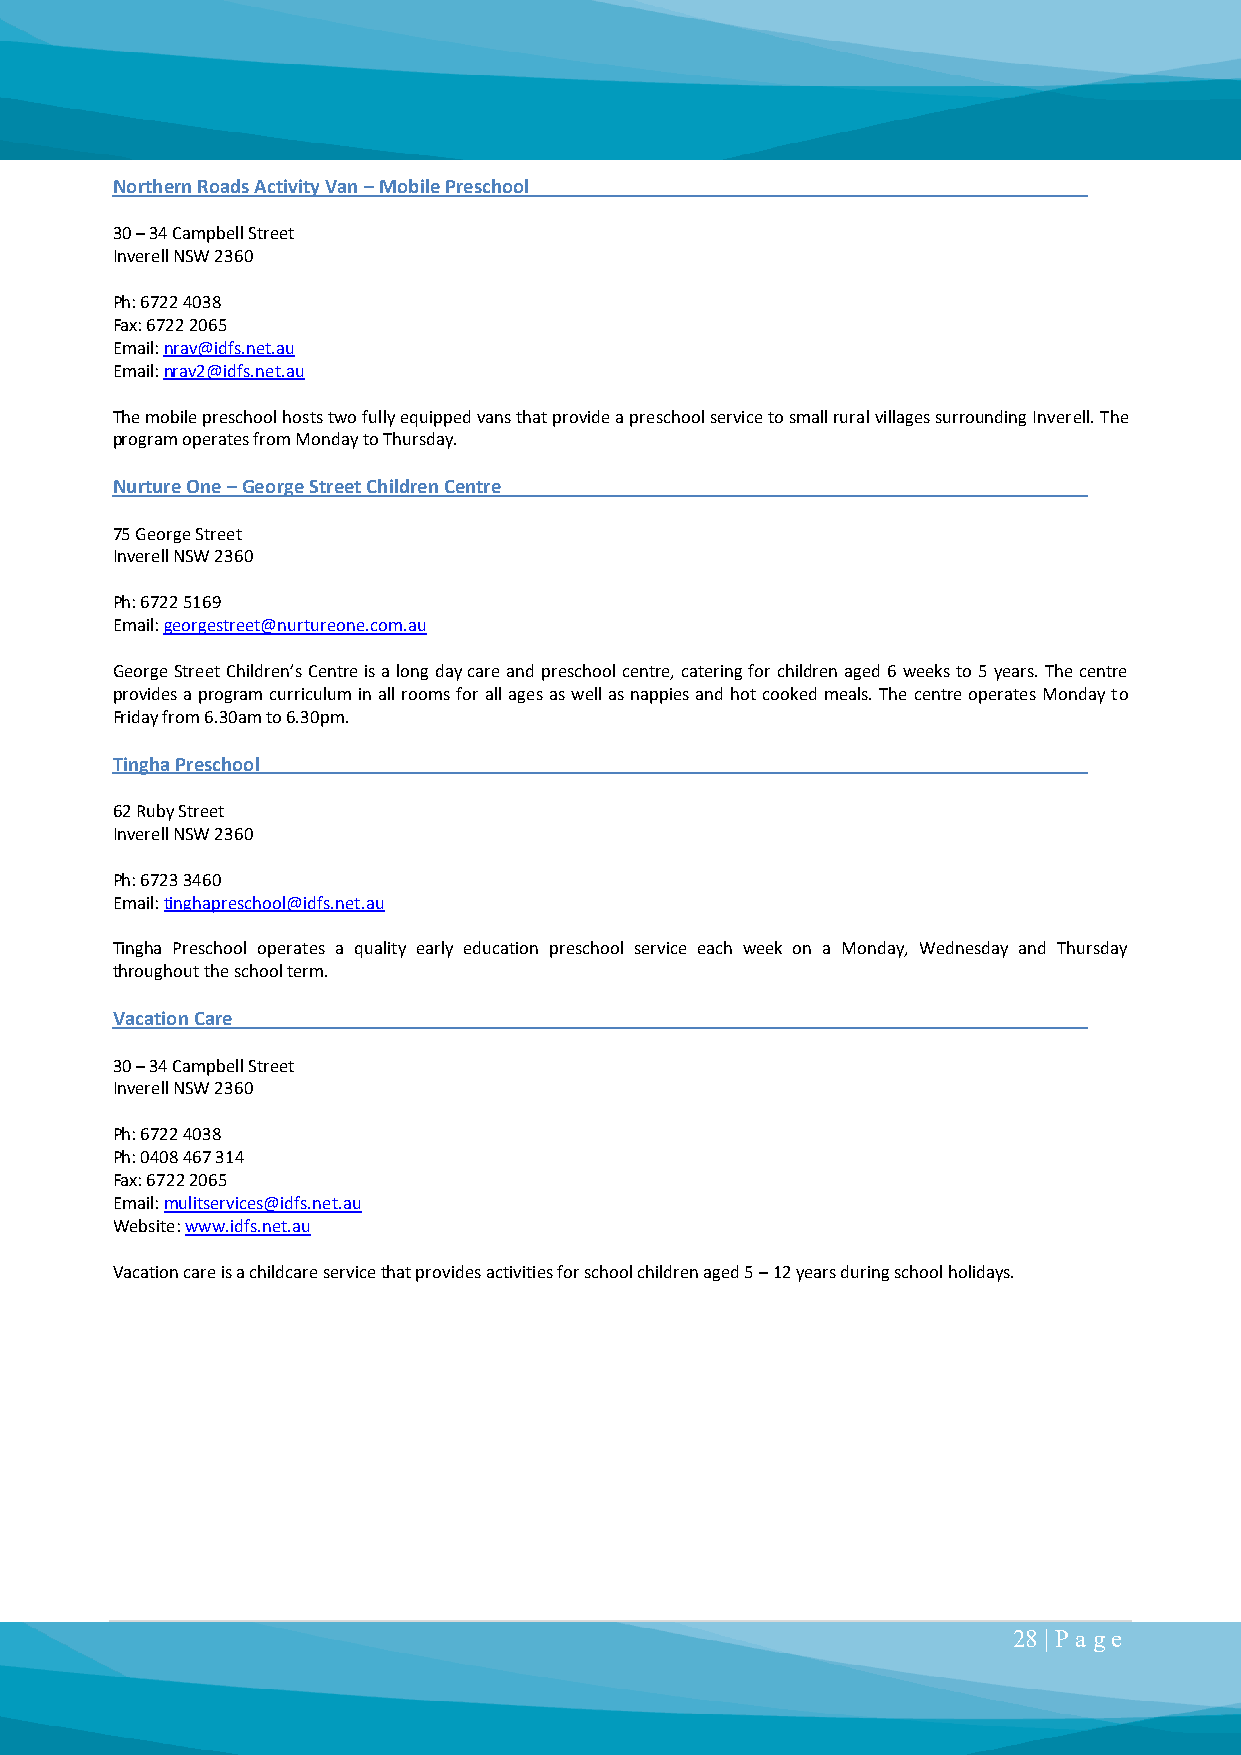
Northern Roads Activity Van – Mobile Preschool
 30 – 34 Campbell Street
 Inverell NSW 2360
 Ph: 6722 4038
 Fax: 6722 2065
 Email: nrav@idfs.net.au
 Email: nrav2@idfs.net.au
 The mobile preschool hosts two fully equipped vans that provide a preschool service to small rural villages surrounding Inverell. The
 program operates from Monday to Thursday.
 Nurture One – George Street Children Centre
 75 George Street
 Inverell NSW 2360
 Ph: 6722 5169
 Email: georgestreet@nurtureone.com.au
 George Street Children’s Centre is a long day care and preschool centre, catering for children aged 6 weeks to 5 years. The centre
 provides a program curriculum in all rooms for all ages as well as nappies and hot cooked meals. The centre operates Monday to
 Friday from 6.30am to 6.30pm.
 Tingha Preschool
 62 Ruby Street
 Inverell NSW 2360
 Ph: 6723 3460
 Email: tinghapreschool@idfs.net.au
 Tingha Preschool operates a quality early education preschool service each week on a Monday, Wednesday and Thursday
 throughout the school term.
 Vacation Care
 30 – 34 Campbell Street
 Inverell NSW 2360
 Ph: 6722 4038
 Ph: 0408 467 314
 Fax: 6722 2065
 Email: mulitservices@idfs.net.au
 Website: www.idfs.net.au
 Vacation care is a childcare service that provides activities for school children aged 5 – 12 years during school holidays.
 28 | P a ge